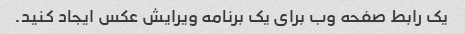
یک رابط صفحه وب برای یک برنامه ویرایش عکس ایجاد کنید.